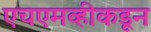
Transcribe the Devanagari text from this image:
एचएमव्हीकडून